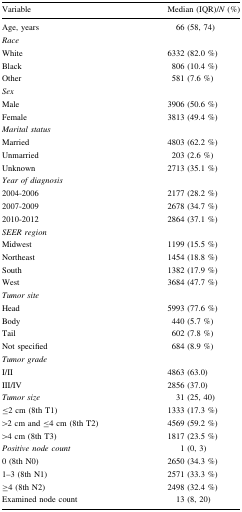
| Variable | Median (IQR)/N (%) |
 | --- | --- |
 | Age, years | 66 (58, 74) |
 | <COLSPAN=2> Race |
 | White | 6332 (82.0 %) |
 | Black | 806 (10.4 %) |
 | Other | 581 (7.6 %) |
 | <COLSPAN=2> Sex |
 | Male | 3906 (50.6 %) |
 | Female | 3813 (49.4 %) |
 | <COLSPAN=2> Marital status |
 | Married | 4803 (62.2 %) |
 | Unmarried | 203 (2.6 %) |
 | Unknown | 2713 (35.1 %) |
 | <COLSPAN=2> Year of diagnosis |
 | 2004-2006 | 2177 (28.2 %) |
 | 2007-2009 | 2678 (34.7 %) |
 | 2010-2012 | 2864 (37.1 %) |
 | <COLSPAN=2> SEER region |
 | Midwest | 1199 (15.5 %) |
 | Northeast | 1454 (18.8 %) |
 | South | 1382 (17.9 %) |
 | West | 3684 (47.7 %) |
 | <COLSPAN=2> Tumor site |
 | Head | 5993 (77.6 %) |
 | Body | 440 (5.7 %) |
 | Tail | 602 (7.8 %) |
 | Not specified | 684 (8.9 %) |
 | <COLSPAN=2> Tumor grade |
 | I/II | 4863 (63.0) |
 | III/IV | 2856 (37.0) |
 | Tumor size | 31 (25, 40) |
 | ≤2 cm (8th T1) | 1333 (17.3 %) |
 | >2 cm and ≤4 cm (8th T2) | 4569 (59.2 %) |
 | >4 cm (8th T3) | 1817 (23.5 %) |
 | Positive node count | 1 (0, 3) |
 | 0 (8th N0) | 2650 (34.3 %) |
 | 1–3 (8th N1) | 2571 (33.3 %) |
 | ≥4 (8th N2) | 2498 (32.4 %) |
 | Examined node count | 13 (8, 20) |